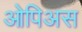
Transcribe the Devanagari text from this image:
ओपिअस